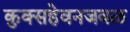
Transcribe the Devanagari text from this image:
कुक्सहेवनजवळ